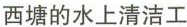
西塘的水上清洁工